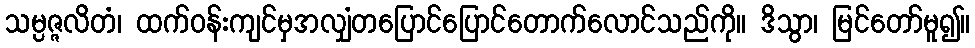
သမ္ပဇ္ဇလိတံ၊ ထက်ဝန်းကျင်မှအလျှံတပြောင်ပြောင်တောက်လောင်သည်ကို။ ဒိသွာ၊ မြင်တော်မူ၍။